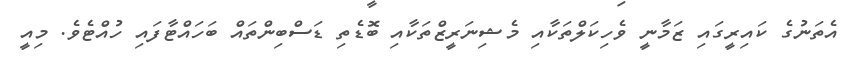
އެތަނުގެ ކައިރީގައި ޒަމާނީ ވެހިކަލްތަކާއި މެޝިނަރީޒްތަކާއި ބޮޑެތި ޑަސްބިންތައް ބަހައްޓާފައި ހުއްޓެވެ. މިއީ